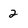
Character: 2